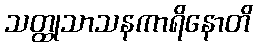
သတ္ထုသာသနကာရိနောတိ